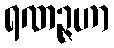
ရဏဉ္ဇဟာ